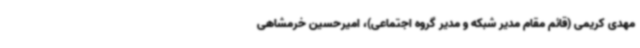
مهدی کریمی (قائم مقام مدیر شبکه و مدیر گروه اجتماعی)، امیرحسین خرمشاهی